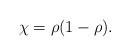
LaTeX: \begin{align*}\chi=\rho(1-\rho).\end{align*}